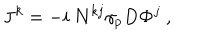
LaTeX: { \bf J } ^ { k } = - i ~ { \bf N } ^ { k j } \gamma _ { p } D { \bf \Phi } ^ { j } ~ ,